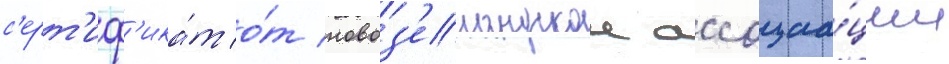
с'ерт'иф'ика́т о́т новоз'еландскои ассоциа́ции